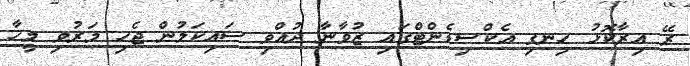
ރޭ އިރާކޮޅު ހިނގި އެކްސިޑެންޓްގައި ޒުވާނާ ދުއްވި ސައިކަލުން ޖެހި މަރުވި މީހާ